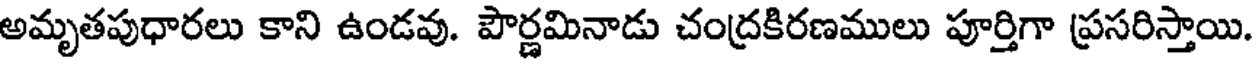
అమృతపుధారలు కాని ఉండవు. పౌర్ణమినాడు చంద్రకిరణములు పూర్తిగా ప్రసరిస్తాయి.